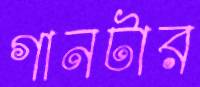
গানটার